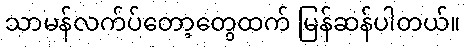
သာမန်လက်ပ်တော့တွေထက် မြန်ဆန်ပါတယ်။